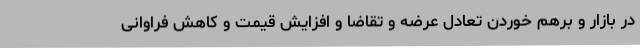
در بازار و برهم خوردن تعادل عرضه و تقاضا و افزایش قیمت و کاهش فراوانی